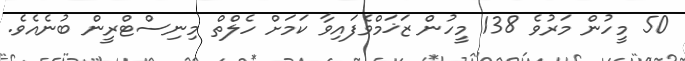
50 މީހުން މަރުވެ 138 މީހުން ޒަޚަމްވެފައިވާ ކަމަށް ހެލްތް މިނިސްޓްރީން ބުނެއެވެ.